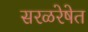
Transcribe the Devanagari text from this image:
सरळरेषेत